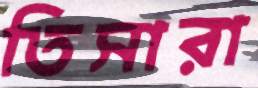
তিসারা